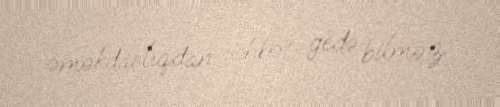
əməkdaşlıqdan söhbət gedə bilməz.